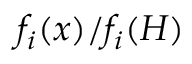
{ f _ { i } } ( x ) / { f _ { i } } ( H )